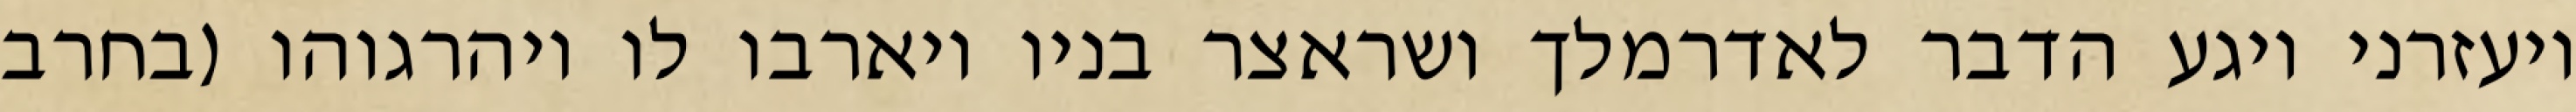
ויעזרני ויגע הדבר לאדרמלך ושראצר בניו ויארבו לו ויהרגוהו (בחרב